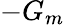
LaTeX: -G_{m}